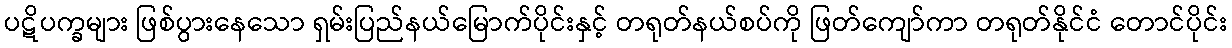
ပဋိပက္ခများ ဖြစ်ပွားနေသော ရှမ်းပြည်နယ်မြောက်ပိုင်းနှင့် တရုတ်နယ်စပ်ကို ဖြတ်ကျော်ကာ တရုတ်နိုင်ငံ တောင်ပိုင်း